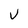
Character: v